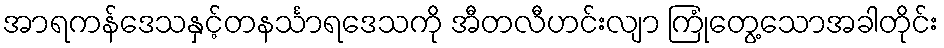
အာရကန်ဒေသနှင့်တနင်္သာရဒေသကို အီတလီဟင်းလျာ ကြုံတွေ့သောအခါတိုင်း